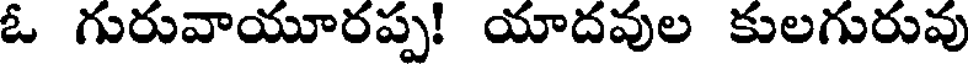
ఓ గురువాయూరప్ప! యాదవుల కులగురువు